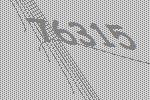
76315